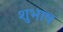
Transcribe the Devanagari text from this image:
शुभाष